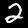
Digit: 2